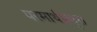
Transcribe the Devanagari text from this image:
परमार्थप्रवृत्त